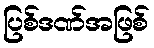
ပြစ်ဒဏ်အဖြစ်